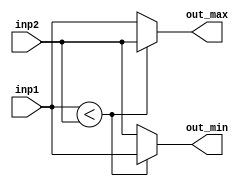
module comparator
    #(parameter 
        DW = 8
    )
    (
        input wire [DW - 1: 0] inp1,
        input wire [DW - 1: 0] inp2,
        output reg [DW - 1: 0] out_min,
        output reg [DW - 1: 0] out_max
    );
	//wire [DW - 1: 0] out_min_in;
       // wire [DW - 1: 0] out_max_in;
    
    always@(inp1,inp2) 
  	  if (inp1 < inp2) begin
     	   	out_min = inp1;
       	   	out_max = inp2;
    	end 
	else begin
        	out_min = inp2;
       	        out_max = inp1;
    	end
   

	//assign out_min = out_min_in;
	//assign out_max = out_max_in;


endmodule